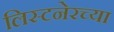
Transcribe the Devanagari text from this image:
लिस्टनेरच्या